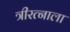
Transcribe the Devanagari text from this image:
त्रीरत्नाला